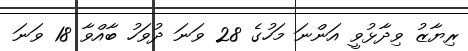
ރިޔާޒު ވިދާޅުވީ އަންނަ މަހުގެ 28 ވަނަ ދުވަހު ބާއްވާ 18 ވަނަ